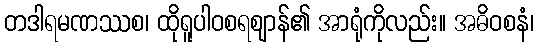
တဒါရမဏဿစ၊ ထိုရူပါဝစရဈာန်၏ အာရုံကိုလည်း။ အဓိဝစနံ၊